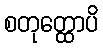
စတုတ္ထောပိ